Annual report of the Civil Veterinary Department, Bengal, and of the Bengal Veterinary College for the year 1906-1907 - 1906-1907
Year: 1906
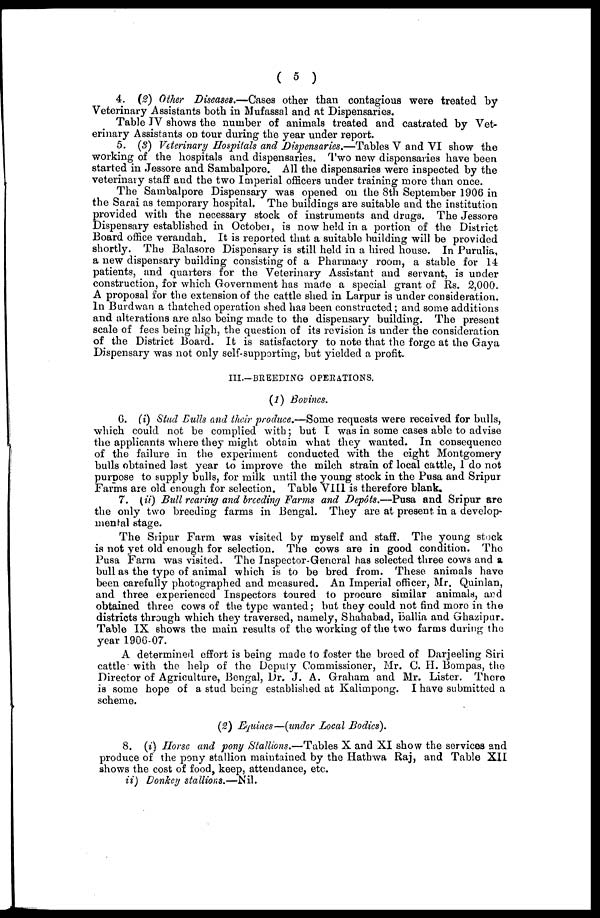
(5)
4. (2) Other Diseases.—Cases other than contagious were treated by
Veterinary Assistants both in Mufassal and at Dispensaries.
Table JV shows the number of animals treated and castrated by Vet-
erinary Assistants on tour during the year under report.
5. (3) Veterinary Hospitals and Dispensaries.—Tables V and VI show the
working of the hospitals and dispensaries. Two new dispensaries have been
started in Jessore and Sambalpore. All the dispensaries were inspected by the
veterinary staff and the two Imperial officers under training more than once.
The Sambalpore Dispensary was opened on the 8th September 1906 in
the Sarai as temporary hospital. The buildings are suitable and the institution
provided with the necessary stock of instruments and drugs. The Jessore
Dispensary established in October, is now held in a portion of the District
Board office verandah. It is reported that a suitable building will be provided
shortly. The Balasore Dispensary is still held in a hired house. In Purulia,
a new dispensary building consisting of a Pharmacy room, a stable for 14
patients, and quarters for the Veterinary Assistant and servant, is under
construction, for which Government has made a special grant of Rs. 2,000.
A proposal for the extension of the cattle shed in Larpur is under consideration.
In Burdwan a thatched operation shed has been constructed; and some additions
and alterations are also being made to the dispensary building. The present
scale of fees being high, the question of its revision is under the consideration
of the District Board. It is satisfactory to note that the forge at the Gaya
Dispensary was not only self-supporting, but yielded a profit.
III.-BREEDING OPERATIONS.
(1) Bovines.
6. (i) Stud Bulls and their produce.—Some requests were received for bulls,
which could not be complied with; but I was in some cases able to advise
the applicants where they might obtain what they wanted. In consequence
of the failure in the experiment conducted with the eight Montgomery
bulls obtained last year to improve the milch strain of local cattle, 1 do not
purpose to supply bulls, for milk until the young stock in the Pusa and Sripur
Farms are old enough for selection. Table VIII is therefore blank.
7. (ii) Bull rearing and breeding Farms and Depôts.—Pusa and Sripur are
the only two breeding farms in Bengal. They are at present in a develop-
mental stage.
The Sripur Farm was visited by myself and staff. The young stock
is not yet old enough for selection. The cows are in good condition. The
Pusa Farm was visited. The Inspector-General has selected three cows and a
bull as the type of animal which is to be bred from. These animals have
been carefully photographed and measured. An Imperial officer, Mr, Quinlan,
and three experienced Inspectors toured to procure similar animals, and
obtained three cows of the type wanted; but they could not find more in the
districts through which they traversed, namely, Shahabad, Ballia and Ghazipur.
Table IX shows the main results of the working of the two farms during the
year 1906-07.
A determined effort is being made to foster the breed of Darjeeling Siri
cattle with the help of the Deputy Commissioner, Mr. C. H. Bompas, the
Director of Agriculture, Bengal, Dr. J. A. Graham and Mr. Lister. There
is some hope of a stud being established at Kalimpong. I have submitted a
scheme.
(2) Equines—(under Local Bodies).
8. (i) Horse and pony Stallions.—Tables X and XI show the services and
produce of the pony stallion maintained by the Hathwa Raj, and Table XII
shows the cost of food, keep, attendance, etc.
ii) Donkey stallions.—Nil.